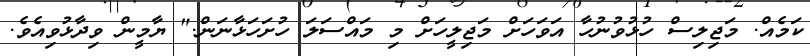
ކަމެއް. މަޖިލިސް ހުޅުވުނުހާ އަވަހަށް މަޖިލީހަށް މި މައްސަލަ ހުށަހަޅާނަން." ޔާމީން ވިދާޅުވިއެވެ.